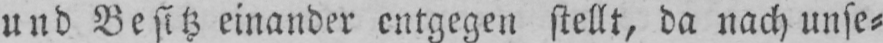
und Besitz einander entgegen stellt, da nach unse⸗